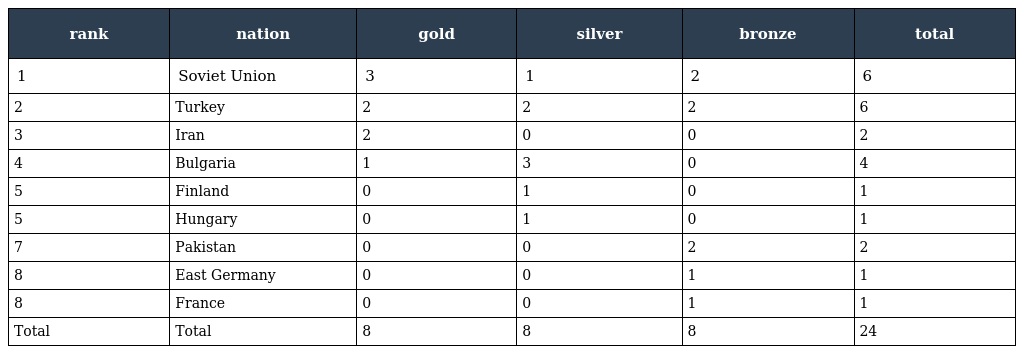
| rank | nation | gold | silver | bronze | total |
 | --- | --- | --- | --- | --- | --- |
 | 1 | Soviet Union | 3 | 1 | 2 | 6 |
 | 2 | Turkey | 2 | 2 | 2 | 6 |
 | 3 | Iran | 2 | 0 | 0 | 2 |
 | 4 | Bulgaria | 1 | 3 | 0 | 4 |
 | 5 | Finland | 0 | 1 | 0 | 1 |
 | 5 | Hungary | 0 | 1 | 0 | 1 |
 | 7 | Pakistan | 0 | 0 | 2 | 2 |
 | 8 | East Germany | 0 | 0 | 1 | 1 |
 | 8 | France | 0 | 0 | 1 | 1 |
 | Total | Total | 8 | 8 | 8 | 24 |